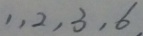
1 , 2 , 3 , 6